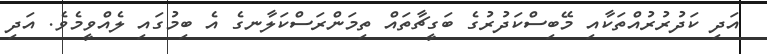
އަދި ކަދުރުރުއްތަކާއި މޭބިސްކަދުރުގެ ބަގީޗާތައް ތިމަންރަސްކަލާނގެ އެ ބިމުގައި ލެއްވީމެވެ. އަދި